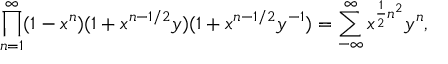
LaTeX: \prod _ { n = 1 } ^ { \infty } ( 1 - x ^ { n } ) ( 1 + x ^ { n - 1 / 2 } y ) ( 1 + x ^ { n - 1 / 2 } y ^ { - 1 } ) = \sum _ { - \infty } ^ { \infty } x ^ { \frac { 1 } { 2 } n ^ { 2 } } y ^ { n } ,